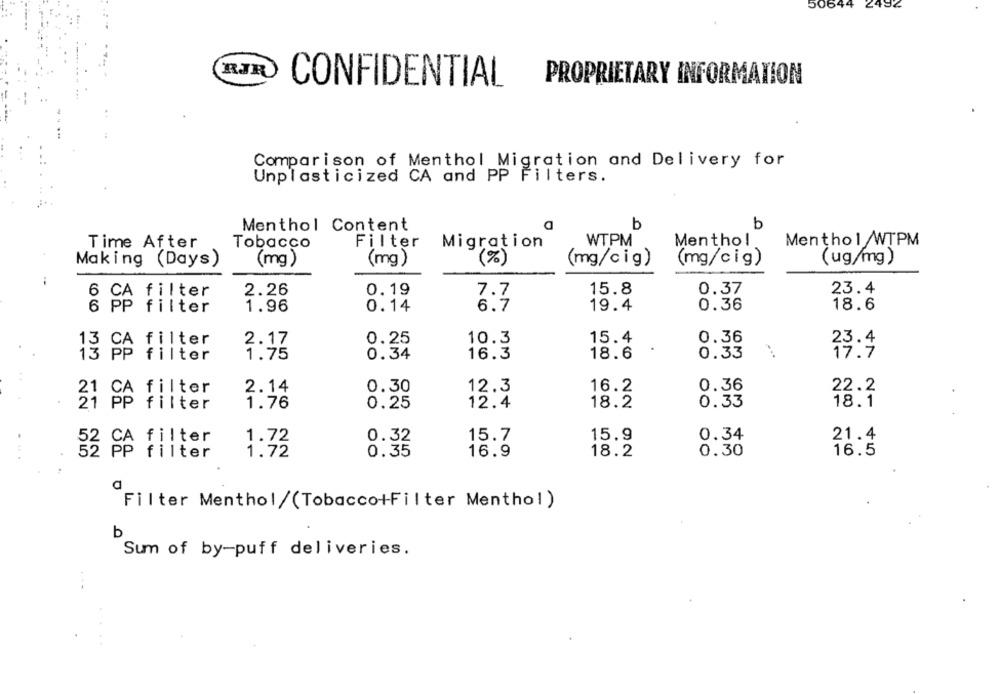
50644 2432
RJR
PROPRIETARY INFORMATION
CONFIDENTIAL
Comparison of Menthol Migration and Delivery for
Unplasticized CA and PP Filters.
D
Menthol Content
b
b
WTPM
Menthol
Menthol WTPM
Time After
Tobacco
Filter
Migration
Making (Days)
(mg)
(mg )
(%)
(mg/c ig)
(mg/cig)
(ug/mg)
2.26
0.19
7.7
15.8
0.37
23.4
6 CA filter
6 PP filter
1.96
0.14
6.7
19.4
0.36
18.6
10.3
15.4
0.36
13 CA filter
2.17
0.25
0.33
Mr
13 PP filter
1.75
0.34
16.3
18.6
2.14
0.30
12.3
16.2
0.36
22.2
0.33
PP filter
1.76
0.25
12.4
18.2
18.1
15.7
15.9
0.34
21.4
52 CA filter
1.72
0.32
52 PP filter
1.72
0.35
16.9
18.2
0.30
16.5
Filter Menthol/(Tobacco+Filter Menthol)
b
Sum of by-puff deliveries.